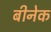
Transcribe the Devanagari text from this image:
बीनेक